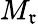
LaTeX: M_{\mathfrak{r}}